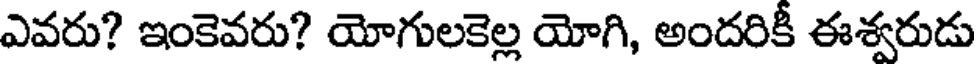
ఎవరు? ఇంకెవరు? యోగులకెల్ల యోగి, అందరికీ ఈశ్వరుడు